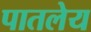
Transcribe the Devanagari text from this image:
पातलेय